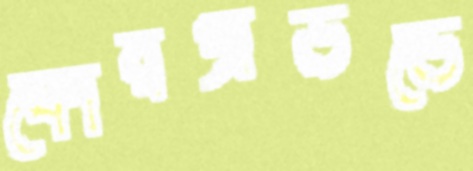
ফোরগ্রাউন্ডে